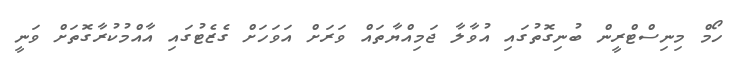
ހޯމް މިނިސްޓްރީން ބުނިގޮތުގައި އުވާލާ ޖަމިއްޔާތައް ވަރަށް އަވަހަށް ގެޒެޓުގައި އާއްމުކުރާގޮތަށް ވަނީ